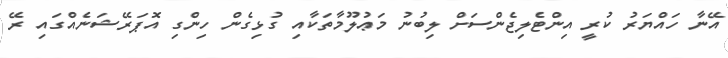
އޭނާ ހައްޔަރު ކުރީ އިންޓެލިޖެންސަށް ލިބުނު މަޢުލޫމާތަކާއި ގުޅިގެން ހިންގި އޮޕަރޭޝަނެއްގައި ރޭ